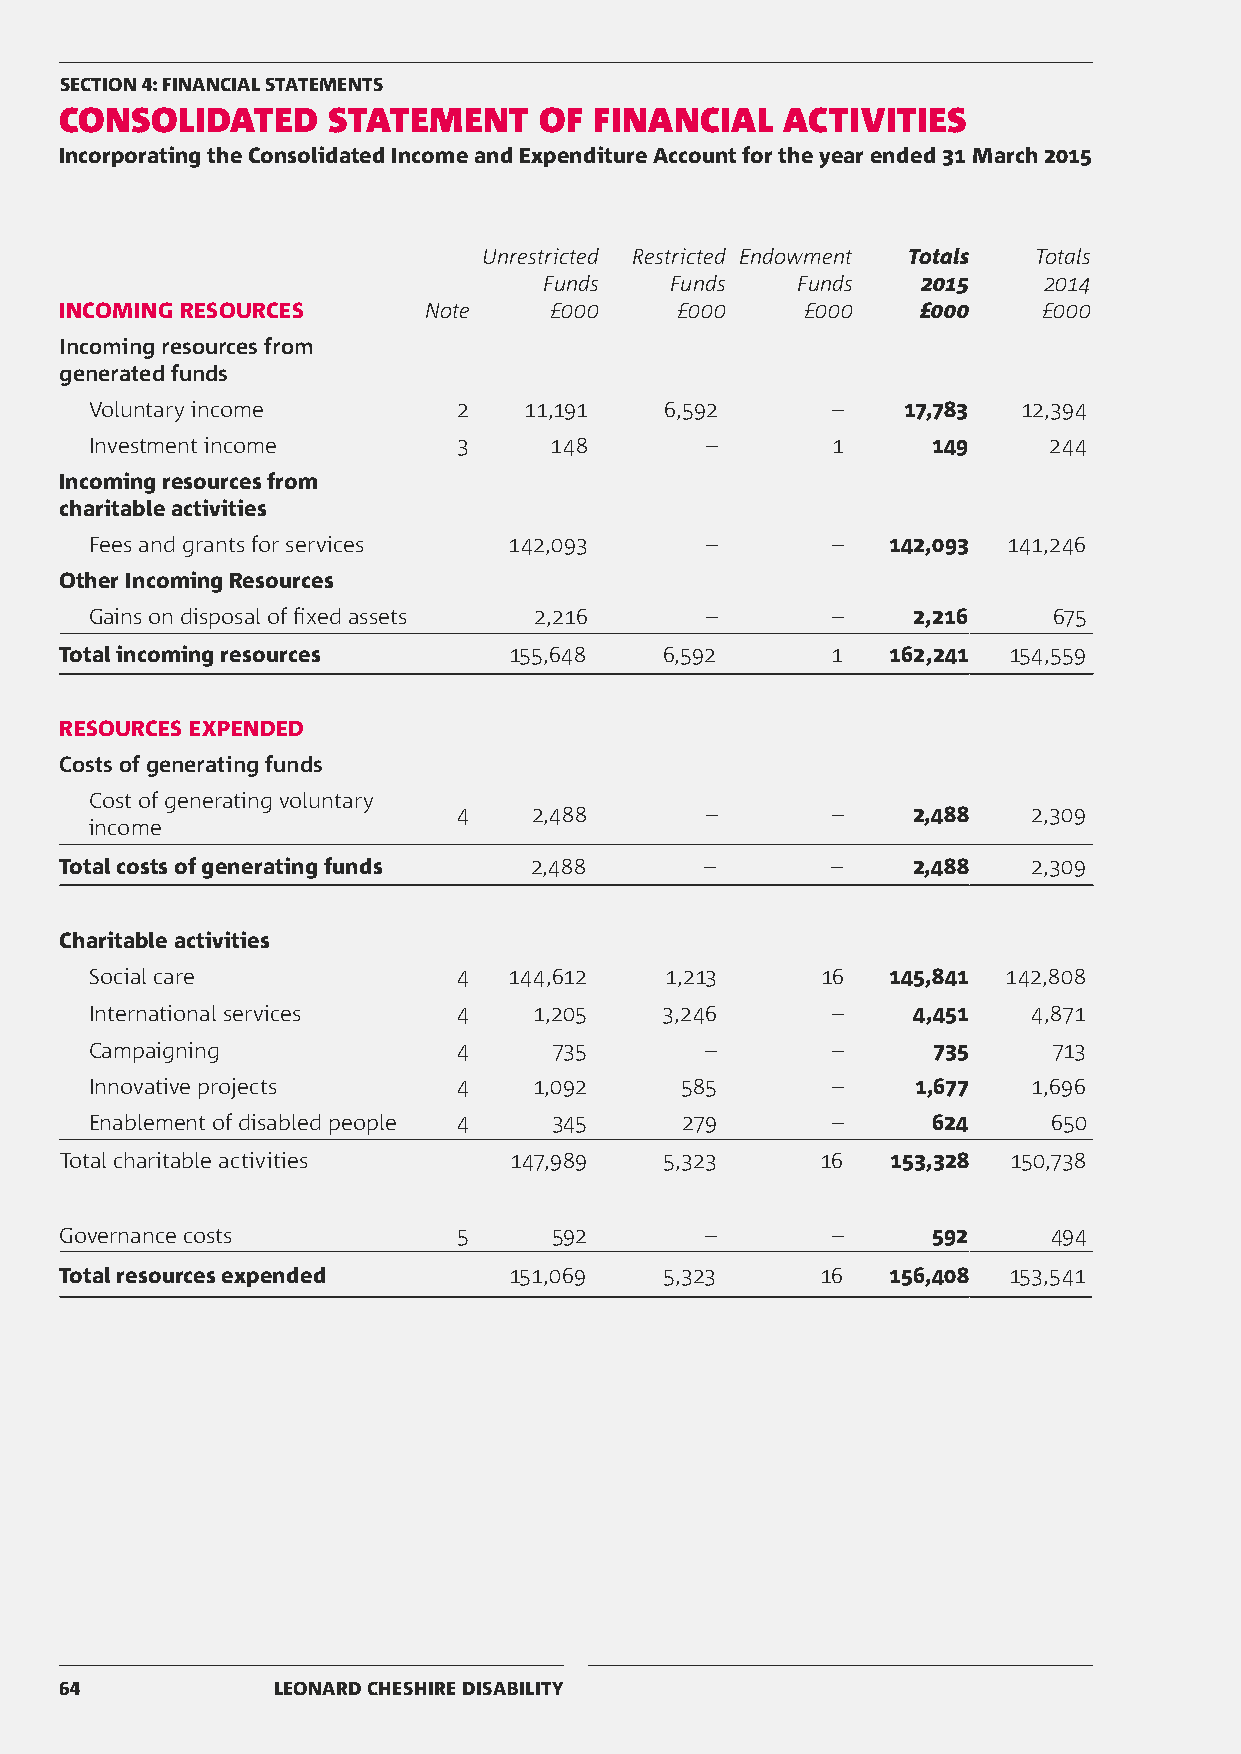
SECTION 4: FINANCIAL STATEMENTS
 CONSOLIDATED      STATEMENT     OF FINANCIAL    ACTIVITIES
 Incorporating the Consolidated Income and Expenditure Account for the year ended 31 March 2015
 Unrestricted Restricted Endowment Totals Totals
 Funds   Funds    Funds   2015    2014
 INCOMING RESOURCES      Note    £000     £000    £000    £000    £000
 Incoming resources from
 generated funds
 Voluntary income        2    11,191   6,592      –    17,783  12,394
 Investment income       3     148        –       1      149    244
 Incoming resources from
 charitable activities
 Fees and grants for services 142,093     –       –   142,093 141,246
 Other Incoming Resources
 Gains on disposal of fixed assets 2,216  –       –    2,216     675
 Total incoming resources      155,648   6,592      1   162,241 154,559
 RESOURCES EXPENDED
 Costs of generating funds
 Cost of generating voluntary
 4    2,488       –       –    2,488   2,309
 income
 Total costs of generating funds 2,488      –       –    2,488   2,309
 Charitable activities
 Social care             4   144,612   1,213     16   145,841 142,808
 International services  4    1,205    3,246      –    4,451   4,871
 Campaigning             4      735       –       –      735     713
 Innovative projects     4    1,092     585       –     1,677  1,696
 Enablement of disabled people 4 345    279       –      624     650
 Total charitable activities   147,989   5,323     16   153,328 150,738
 Governance costs          5      592       –       –      592     494
 Total resources expended      151,069   5,323     16   156,408 153,541
 64            LEONARD CHESHIRE DISABILITY